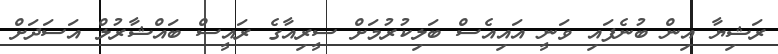
ރަޝިޔާ އިން ބުނެފައި ވަނީ އައިއެސް ބަލިކުރުމަށް ސީރިއާގެ ރައީސް ބައްޝާރުލް އަސަދަށް